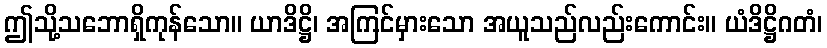
ဤသို့သဘောရှိကုန်သော။ ယာဒိဋ္ဌိ၊ အကြင်မှားသော အယူသည်လည်းကောင်း။ ယံဒိဋ္ဌိဂတံ၊